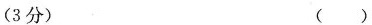
(3分) ()